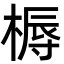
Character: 槈